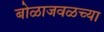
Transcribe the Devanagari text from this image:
बोळाजवळच्या